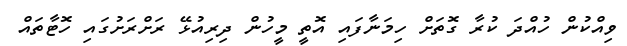
ވިއްކުން ހުއްދަ ކުރާ ގޮތަށް ހިމަނާފައި އޮތީ މީހުން ދިރިއުޅޭ ރަށްރަށުގައި ހޮޓާތައް